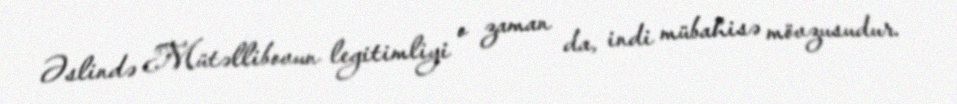
Əslində Mütəllibovun legitimliyi o zaman da, indi mübahisə mövzusudur.